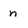
Character: n